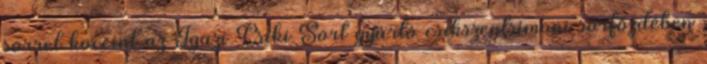
sörrel koccint az Igazi Csíki Sört gyártó csíkszentsimoni sörfőzdében